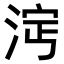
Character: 𣵈